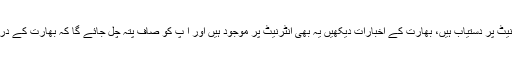
آپ بھی بھارتی ٹی وی دیکھیں‘ انٹرنیٹ پر دستیاب ہیں، بھارت کے اخبارات دیکھیں یہ بھی انٹرنیٹ پر موجود ہیں اور ا ٓپ کو صاف پتہ چل جائے گا کہ بھارت کے در و دیوار کس طرح لرزہ بر اندام ہیں۔